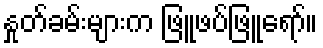
နှုတ်ခမ်းများက ဖြူဖပ်ဖြူရော်။